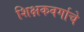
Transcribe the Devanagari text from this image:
शिक्षकवर्गाचे